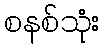
စနစ်သုံး